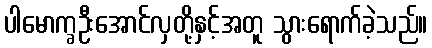
ပါမောက္ခဦးအောင်လှတို့နှင့်အတူ သွားရောက်ခဲ့သည်။